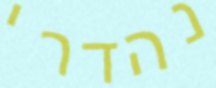
נהדרי